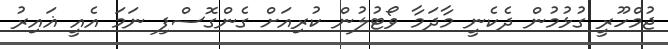
ޖުމްހޫރީ ގުޅުމުން ދެކެނީ މާދަމާ ވޯޓުލުން ކުރިއަށް ގެންގޮސްފި ނަމަ އެއީ ޣައިރު